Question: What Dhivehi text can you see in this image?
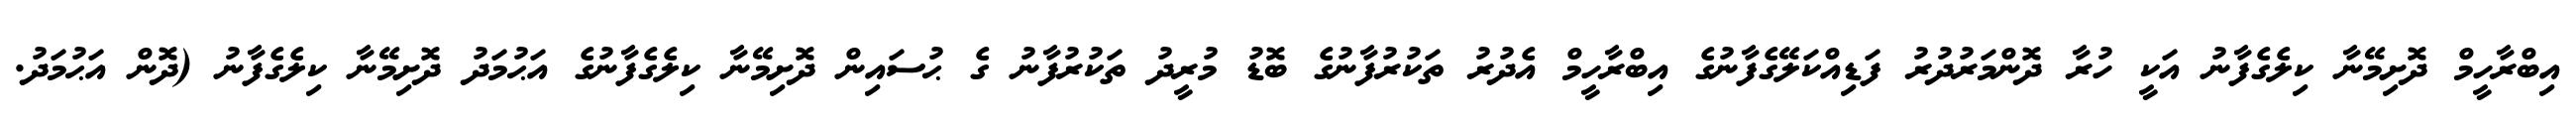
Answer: އިބްރާހީމް ދޮށިމޭނާ ކިލެގެފާނު އަކީ ހުރާ ދޮންމަރުދުރު ފަޑިއްކަލޭގެފާނުގެ އިބްރާހީމް އެދުރު ތަކުރުފާނުގެ ބޮޑު މުރީދު ތަކުރުފާނު ގެ ޙުސައިން ދޮށިމޭނާ ކިލެގެފާނުގެ އަޙުމަދު ދޮށިމޭނާ ކިލެގެފާނު (ދޮން އަޙުމަދު.